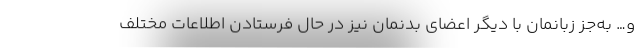
و… به‌جز زبانمان با دیگر اعضای بدنمان نیز در حال فرستادن اطلاعات مختلف